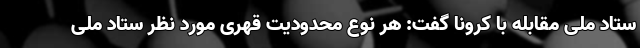
ستاد ملی مقابله با کرونا گفت: هر نوع محدودیت قهری مورد نظر ستاد ملی